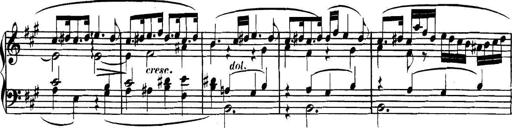
Title: Collected Piano Sonatas
Composer: Muzio Clementi